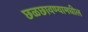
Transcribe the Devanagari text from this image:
छळछावण्यामधील